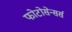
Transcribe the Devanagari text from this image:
फोटोसेन्सर्स